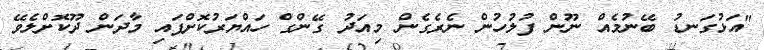
"އަޅުގަނޑު ބޭނުމެއް ނޫން ފުލުހުން ނެރެގެން މިއަދު ގޭންގް ހައްޔަރުކޮށްފައި މާދަން ދޫކޮށްލެވޭ